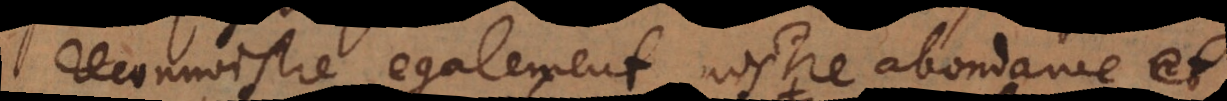
reconnoistre egalement nostre abondance et